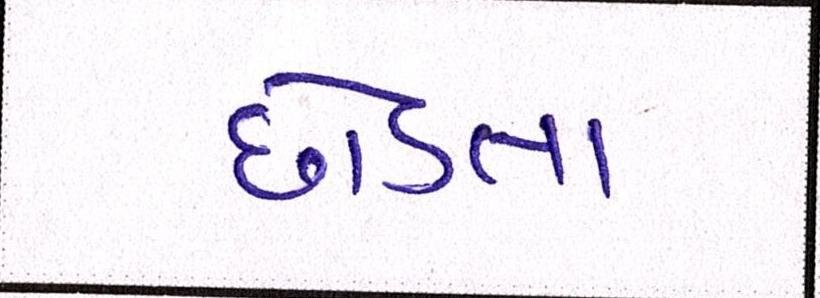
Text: છોડતા